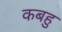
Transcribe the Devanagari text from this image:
कबहु